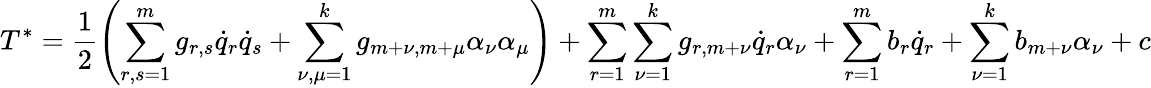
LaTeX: T^{*}=\frac{1}{2}\left(\sum_{r,s=1}^{m}g_{r,s}{\dot{q}}_{r}{\dot{q}}_{s}+\sum_{\nu,\mu=1}^{k}g_{m+\nu,m+\mu}\alpha_{\nu}\alpha_{\mu}\right)+\sum_{r=1}^{m}\sum_{\nu=1}^{k}g_{r,m+\nu}{\dot{q}}_{r}\alpha_{\nu}+\sum_{r=1}^{m}b_{r}{\dot{q}}_{r}+\sum_{\nu=1}^{k}b_{m+\nu}\alpha_{\nu}+c